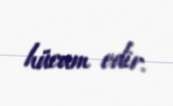
hücum edir.